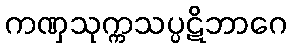
ကဏှသုက္ကသပ္ပဋိဘာဂေ